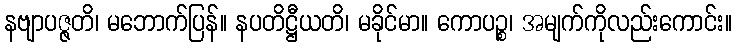
နဗျာပဇ္ဇတိ၊ မဘောက်ပြန်။ နပတိဋ္ဌီယတိ၊ မခိုင်မာ။ ကောပဉ္စ၊ အမျက်ကိုလည်းကောင်း။